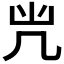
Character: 𠘽